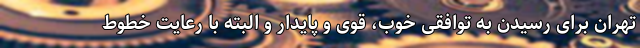
تهران برای رسیدن به توافقی خوب، قوی و پایدار و البته با رعایت خطوط